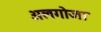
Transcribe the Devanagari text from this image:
अलगोजा